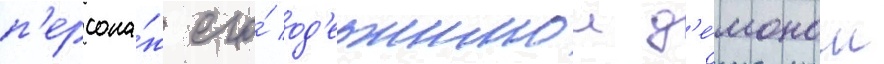
п'ерсона́ж его́ од'ержимои д'е́моном